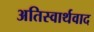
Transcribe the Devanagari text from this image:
अतिस्वार्थवाद